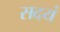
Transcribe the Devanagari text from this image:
सदयं